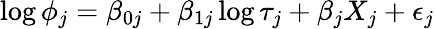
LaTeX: \log\phi_{j}=\beta_{0j}+\beta_{1j}\log\tau_{j}+\beta_{j}X_{j}+\epsilon_{j}